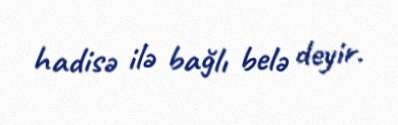
hadisə ilə bağlı belə deyir.